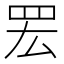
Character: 䍔